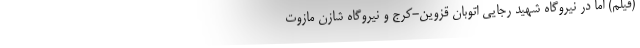
(فیلم) اما در نیروگاه شهید رجایی اتوبان قزوین-کرج و نیروگاه شازن مازوت